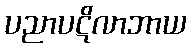
ပညာပဋိလာဘာယ